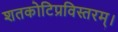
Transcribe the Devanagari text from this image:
शतकोटिप्रविस्तरम्‌।